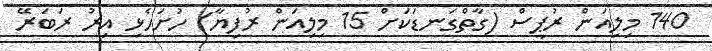
140 މިލިއަން ރުޕީސް (ގާތްގަނޑަކަށް 15 މިލިއަން ރުފިޔާ) ހުށަހެޅި އިރު ރަބަރޭ